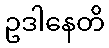
ဥဒါနေတိ